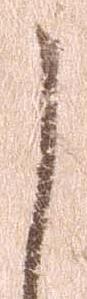
し